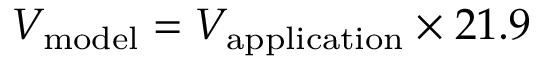
V _ { \mathrm { m o d e l } } = V _ { \mathrm { a p p l i c a t i o n } } \times 2 1 . 9